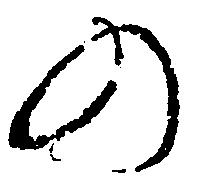
の